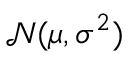
{ \mathcal { N } } ( \mu , \sigma ^ { 2 } )